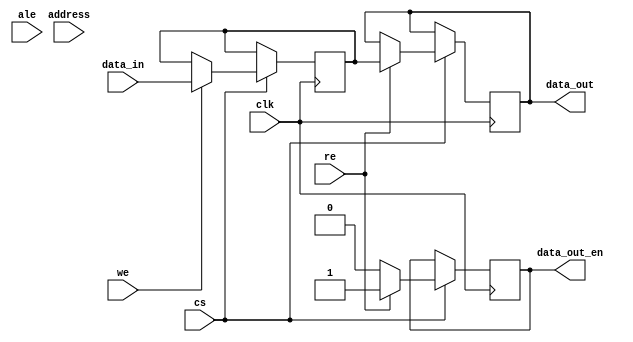
module io_block (
    input wire clk,                // System clock
    input wire cs,                 // Chip Select
    input wire we,                 // Write Enable
    input wire re,                 // Read Enable
    input wire ale,                // Address Latch Enable
    input wire [31:0] data_in,     // Data input from external bus
    output reg [31:0] data_out,    // Data output to external bus
    output reg data_out_en,        // Data output enable (tri-state control)
    input wire [15:0] address      // Address input
);

    reg [31:0] data_buffer;         // Data latch for input
    reg [15:0] address_latch;       // Address latch

    // Timing control (simple clock edge detection)
    always @(posedge clk) begin
        if (cs) begin
            // Address Latch
            if (ale) begin
                address_latch <= address;
            end

            // Write Operation
            if (we) begin
                data_buffer <= data_in; // Latch data on write
                // Here you would typically have the logic to write data_buffer to the memory array
            end
            
            // Read Operation
            if (re) begin
                // Here you would typically have the logic to read data from the memory array into data_out
                data_out <= data_buffer; // For simplicity, using data_buffer as read data
                data_out_en <= 1'b1;     // Enable output
            end else begin
                data_out_en <= 1'b0;     // Disable output when not reading
            end
        end
    end

    // Optional: Parity generation/checking (simple example)
    // Assuming parity is even parity
    reg parity_bit;
    always @(posedge clk) begin
        if (cs && we) begin
            parity_bit <= ^data_buffer; // Generate parity for the data being written
        end
    end

    // Optional: Sleep mode control (not implemented in this example)
    // You can add logic here to handle power management

endmodule